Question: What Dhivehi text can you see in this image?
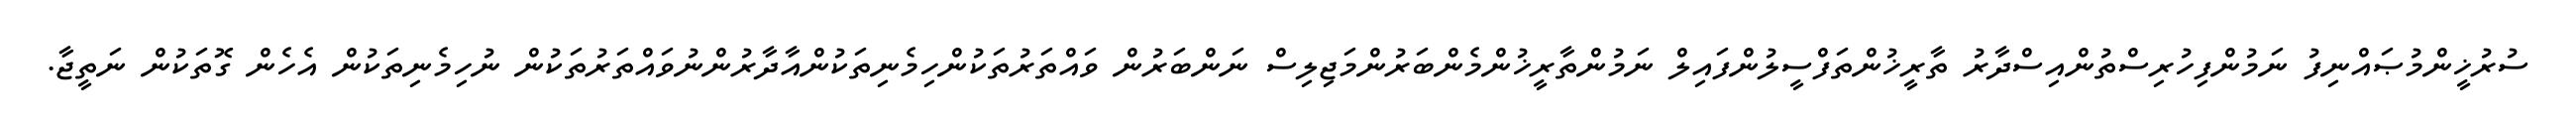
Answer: ސުރުޚީންމުޞައްނިފު ނަމުންފިހުރިސްތުންއިސްދާރު ތާރީޚުންތަފްސީލުންފައިލް ނަމުންތާރީޚުންމެންބަރުންމަޖިލިސް ނަންބަރުން ވައްތަރުތަކުންހިމެނިތަކުންއާދާރުންނުވައްތަރުތަކުން ނުހިމެނިތަކުން އެހެން ގޮތަކުން ނަތީޖާ.